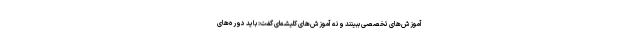
آموزش‌های تخصصی ببینند و نه آموزش‌های کلیشه‌ای گفت: باید دوره‌های